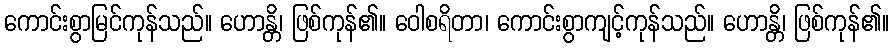
ကောင်းစွာမြင်ကုန်သည်။ ဟောန္တိ၊ ဖြစ်ကုန်၏။ ဝေါစရိတာ၊ ကောင်းစွာကျင့်ကုန်သည်။ ဟောန္တိ၊ ဖြစ်ကုန်၏။